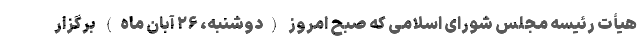
هیأت رئیسه مجلس شورای اسلامی که صبح امروز (دوشنبه، ۲۶ آبان ماه) برگزار